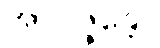
အာပဇ္ဇန္တော